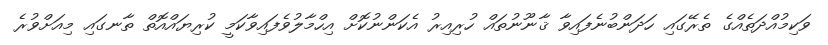
ވަކިމުއްދަތެއްގެ ތެރޭގައި ހަދަންބުނެފައިވާ ޤާނޫނުތައް ހުރިއިރު އެކަންނުކޮށް އިހްމާލުވެފައިވާކަމީ ކުރިޔައްއޮތް ތާނގައި މިއަށްވުރެ